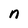
Character: n